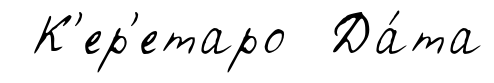
К'ер'етаро Да́та